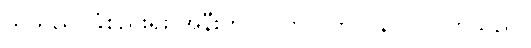
သူသည် ခြံစည်းရိုး အနီးတွင် ပက်လက်လှန် လှဲလိုက်သည်။